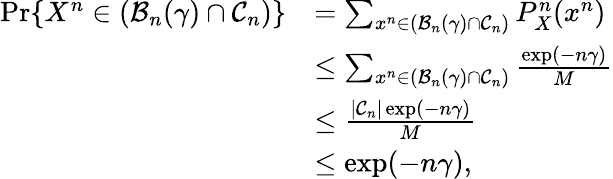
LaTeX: \begin{array}{rl}{\operatorname*{Pr}\{ X^{n}\in(\mathcal{B}_{n}(\gamma)\cap\mathcal{C}_{n})\} }&{=\sum_{x^{n}\in(\mathcal{B}_{n}(\gamma)\cap\mathcal{C}_{n})}P_{X}^{n}(x^{n})}\\ &{\leq\sum_{x^{n}\in(\mathcal{B}_{n}(\gamma)\cap\mathcal{C}_{n})}\frac{\exp(-n\gamma)}{M}}\\ &{\leq\frac{|\mathcal{C}_{n}|\exp(-n\gamma)}{M}}\\ &{\leq\exp(-n\gamma),}\end{array}